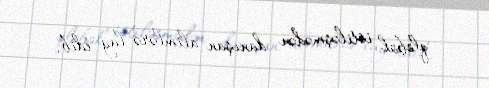
qlobal istiləşmədən danışan alimlərə lağ edib.